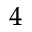
^ { 4 }